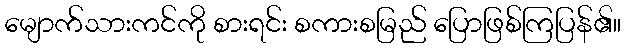
မျောက်သားကင်ကို စားရင်း စကားစမြည် ပြောဖြစ်ကြပြန်၏။